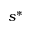
s ^ { * }